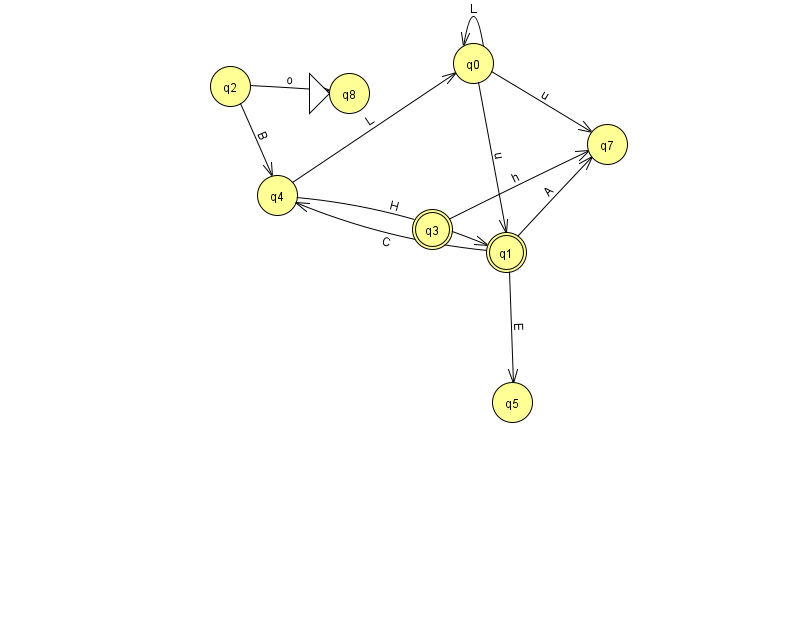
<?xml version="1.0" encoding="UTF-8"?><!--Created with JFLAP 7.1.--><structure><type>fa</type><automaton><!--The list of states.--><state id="0" name="q0"><x>473.0</x><y>50.0</y></state><state id="1" name="q1"><x>506.0</x><y>239.0</y><final/></state><state id="2" name="q2"><x>230.0</x><y>73.0</y></state><state id="3" name="q3"><x>432.0</x><y>216.0</y><final/></state><state id="4" name="q4"><x>277.0</x><y>182.0</y></state><state id="5" name="q5"><x>512.0</x><y>389.0</y></state><state id="7" name="q7"><x>607.0</x><y>131.0</y></state><state id="8" name="q8"><x>349.0</x><y>80.0</y><initial/></state><!--The list of transitions.--><transition><from>4</from><to>0</to><read>L</read></transition><transition><from>1</from><to>5</to><read>E</read></transition><transition><from>0</from><to>7</to><read>u</read></transition><transition><from>1</from><to>4</to><read>C</read></transition><transition><from>2</from><to>8</to><read>o</read></transition><transition><from>1</from><to>7</to><read>A</read></transition><transition><from>0</from><to>0</to><read>L</read></transition><transition><from>3</from><to>7</to><read>h</read></transition><transition><from>4</from><to>1</to><read>H</read></transition><transition><from>0</from><to>1</to><read>u</read></transition><transition><from>2</from><to>4</to><read>B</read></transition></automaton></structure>